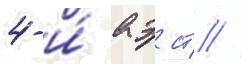
4-и́ аэ ст //